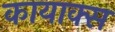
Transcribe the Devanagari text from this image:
कायाक्स